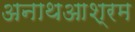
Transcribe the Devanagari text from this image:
अनाथआश्रम